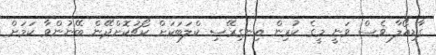
ގާޑިއޯލާ ވެސް ވަނީ މީގެ ކުރިން އިނގިރޭސި ކްލަބަކަށް ކޯޗުކޮށްދޭން ބޭނުންވާ ކަމަށް